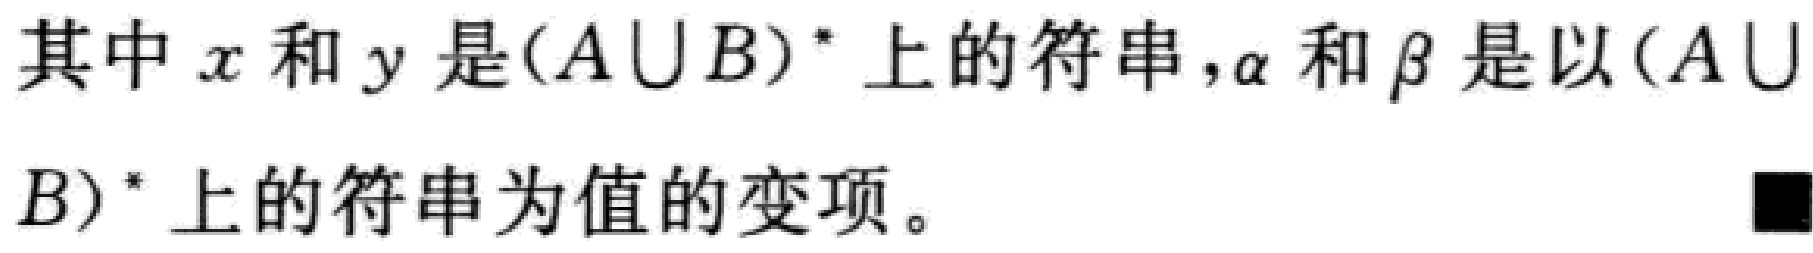
其中$x$和$y$是$(A\cup B)^*$上的符串，$\alpha$和$\beta$是以$(A\cup B)^*$上的符串为值的变项。